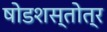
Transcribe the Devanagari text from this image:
षोडशस्तोत्र